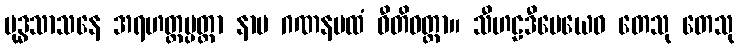
ဗုဒ္ဓသာသနေ အရဟတ္တပ္ပတ္တာ နာမ ဂဏနပထံ ဝီတိဝတ္တာ။ သီဟဠဒီပေယေဝ တေသု တေသု